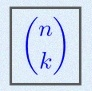
\binom{n}{k}